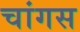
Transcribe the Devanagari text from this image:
चांगस